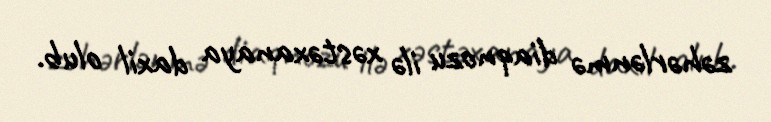
zəhərlənmə diaqnozu ilə xəstəxanaya daxil olub.